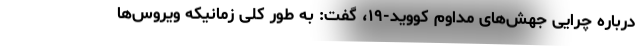
درباره چرایی جهش‌های مداوم کووید-۱۹، گفت: به طور کلی زمانیکه ویروس‌ها